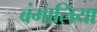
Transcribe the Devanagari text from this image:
बंगालिया